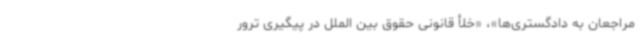
مراجعان به دادگستری‌ها»، «خلأ قانونی حقوق بین الملل در پیگیری ترور